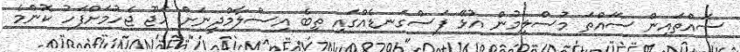
ސައްތައިން ސަައްތަ މުސްލިމުން އުޅޭ ފަސްގަނޑެއްގައި ތިބެ އިސްލާމްދީނަށް ހަޖޫ ޖެހުމަށްފަހު ކޮންމެ